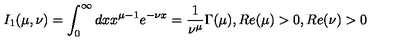
I _ { 1 } ( \mu , \nu ) = \int _ { 0 } ^ { \infty } d x x ^ { \mu - 1 } e ^ { - \nu x } = \frac 1 { \nu ^ { \mu } } \Gamma ( \mu ) , R e ( \mu ) > 0 , R e ( \nu ) > 0